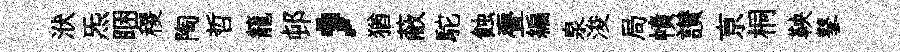
洑炁睏稷陶哲籠邨，猶蔽駝蝕亹編泉浚局幘讃亰桐鞅鼕